65_HS1-834228961_62-HQ-83894_Section_9
Agency: FBI
Page 209
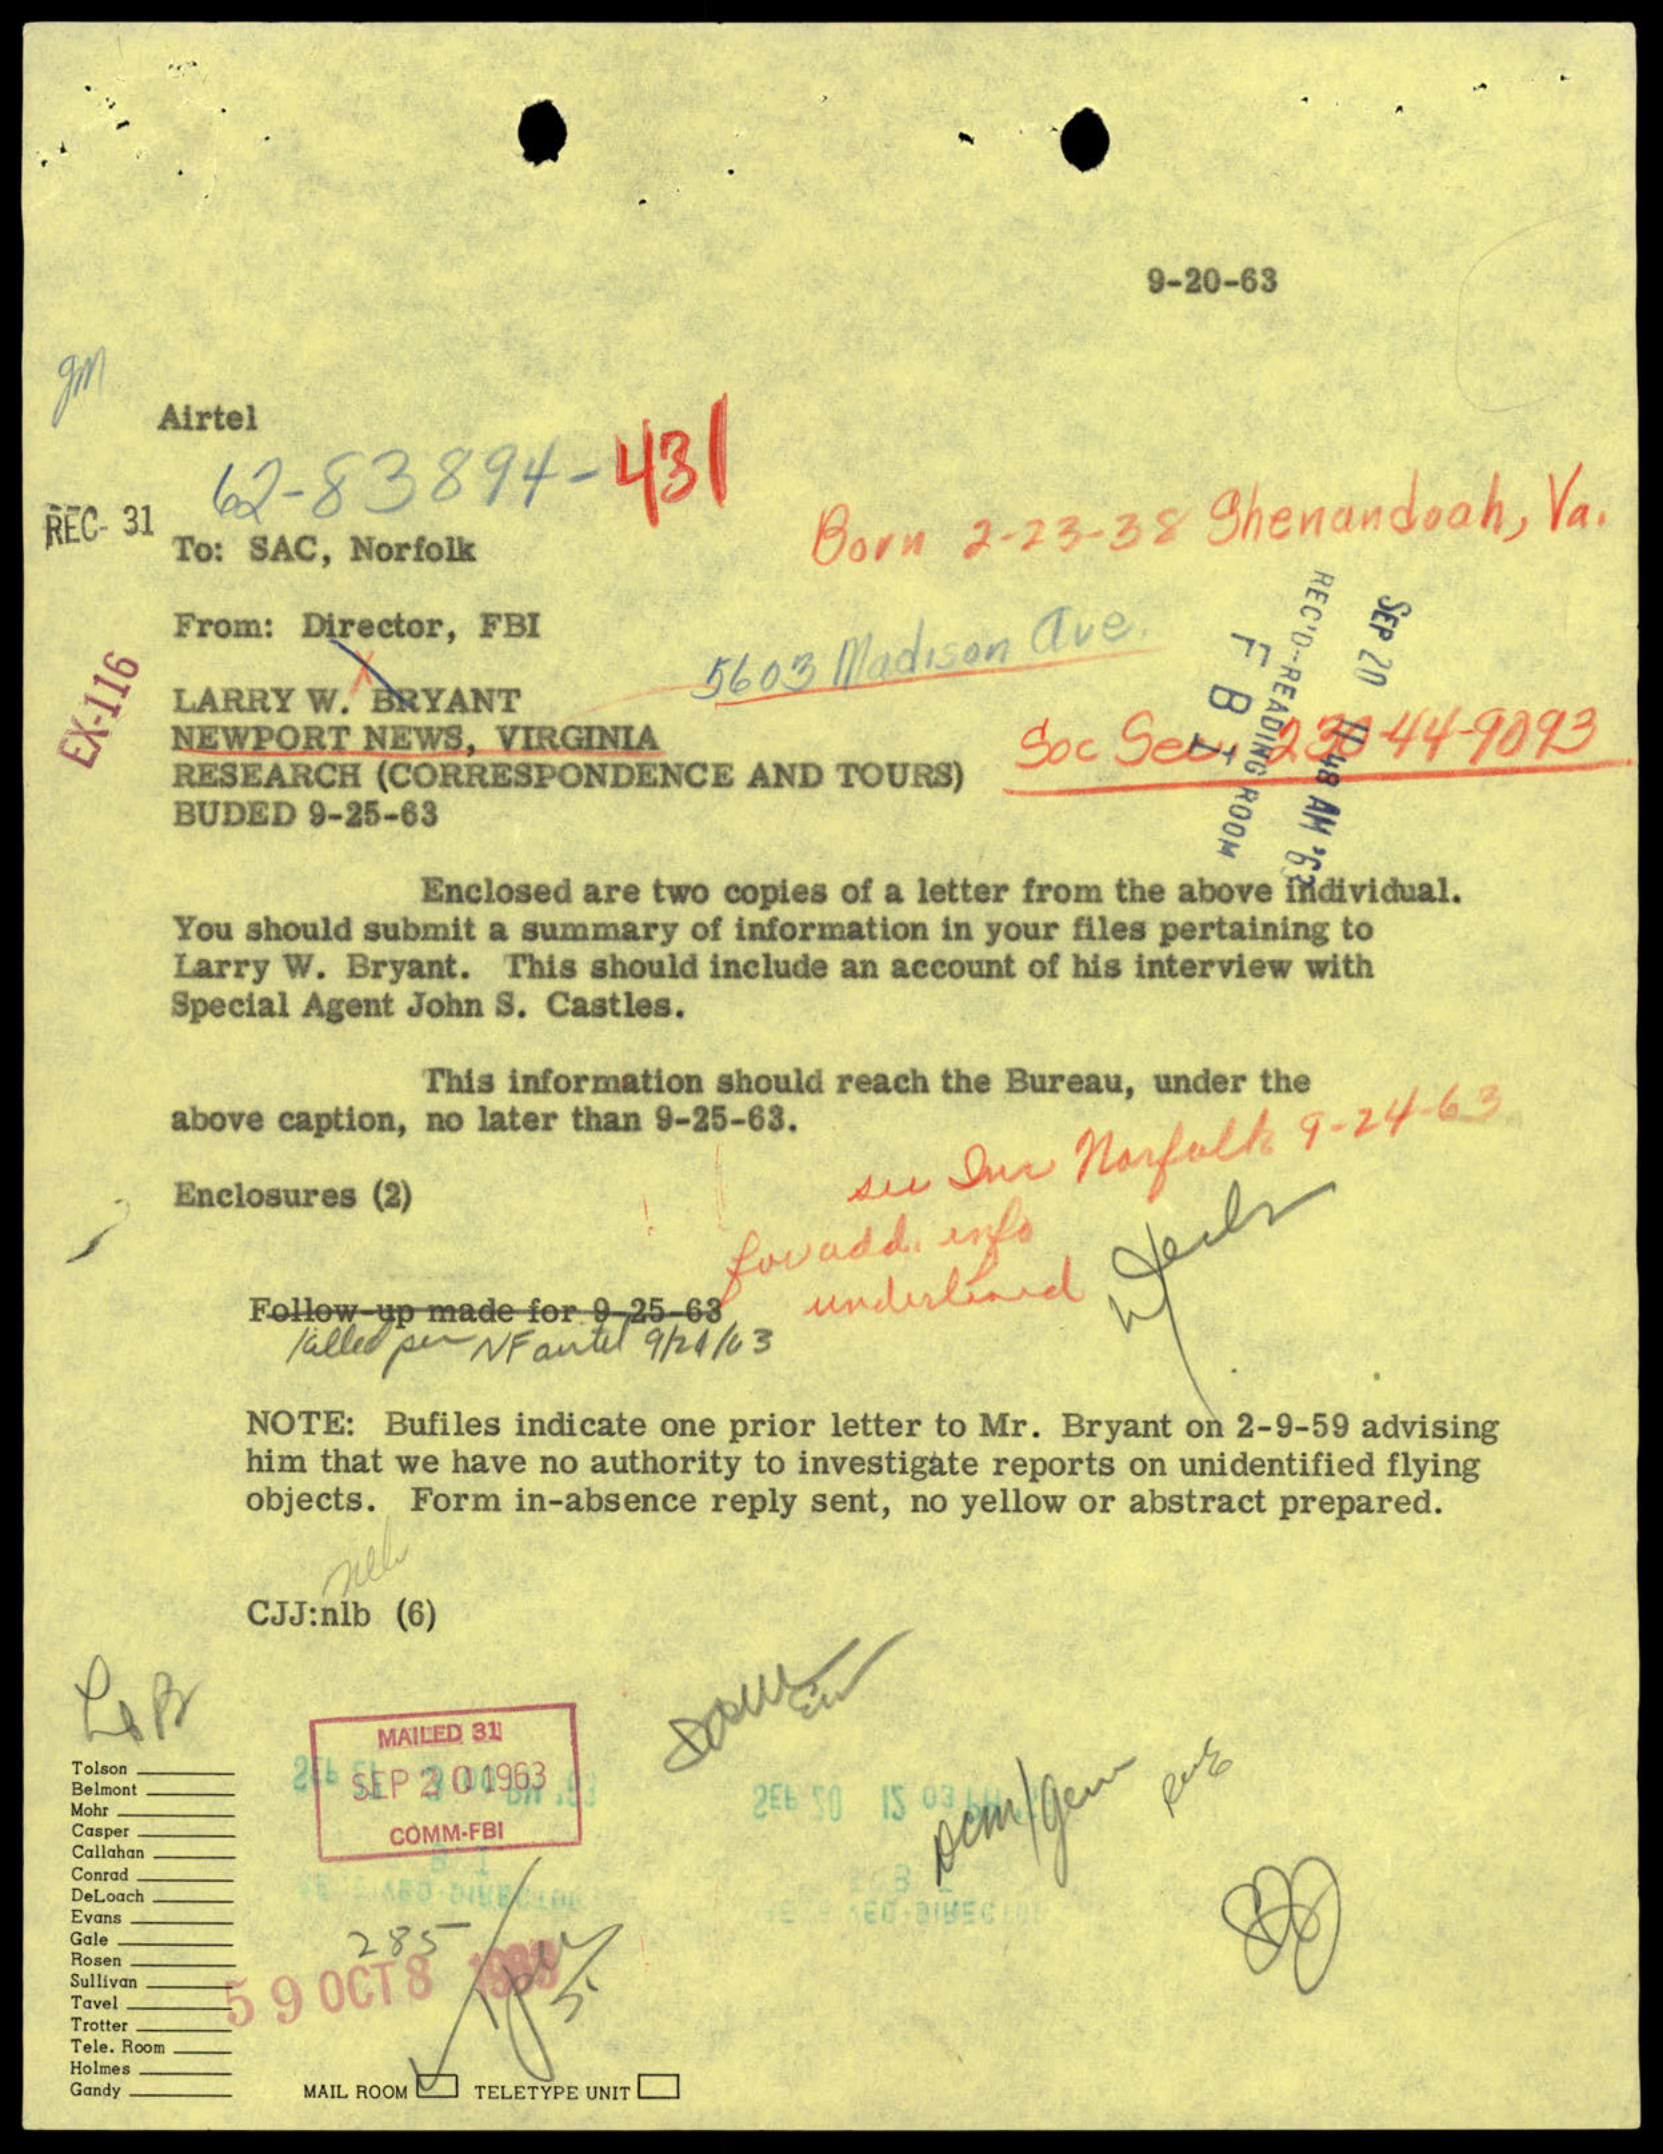